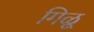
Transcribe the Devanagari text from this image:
गिळू